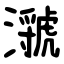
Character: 㶁